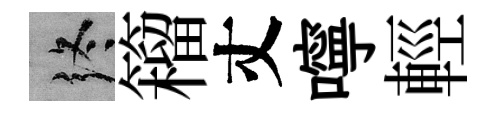
终籕丈嚀輕